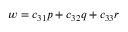
w = c _ { 3 1 } p + c _ { 3 2 } q + c _ { 3 3 } r